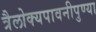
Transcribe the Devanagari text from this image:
त्रैलोक्यपावनीपुण्या